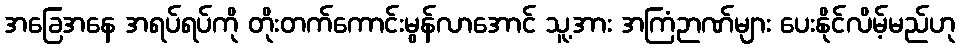
အခြေအနေ အရပ်ရပ်ကို တိုးတက်ကောင်းမွန်လာအောင် သူ့အား အကြံဉာဏ်များ ပေးနိုင်လိမ့်မည်ဟု